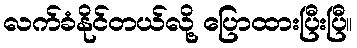
လက်ခံနိုင်တယ်လို့ ပြောထားပြီးပြီ။